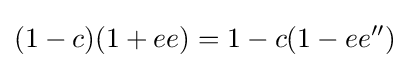
(1-c)(1+ee)=1-c(1-ee'')